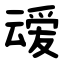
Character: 叆